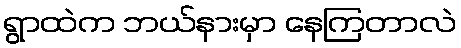
ရွာထဲက ဘယ်နားမှာ နေကြတာလဲ